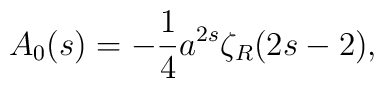
A_{0}(s)=-{1\over 4}a^{2s}\zeta_{R}(2s-2) ,